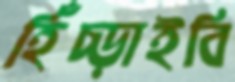
হিঁচ্‌ড়াইবি